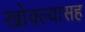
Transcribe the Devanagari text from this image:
खोक्ल्यासह